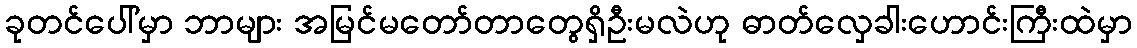
ခုတင်ပေါ်မှာ ဘာများ အမြင်မတော်တာတွေရှိဦးမလဲဟု ဓာတ်လှေခါးဟောင်းကြီးထဲမှာ